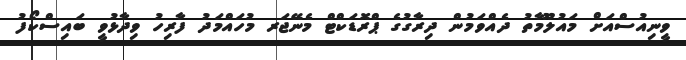
ވީނިއުސްއަށް މައުލޫމާތު ދެއްވަމުން ދިރާގުގެ ޕްރޮޑަކްޓް މެނޭޖަރ މުހައްމަދު ފާރިހު ވިދާޅުވީ ބައިސްކޯފު